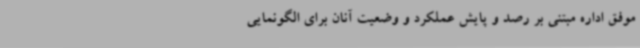
موفق اداره مبتنی بر رصد و پایش عملکرد و وضعیت آنان برای الگونمایی